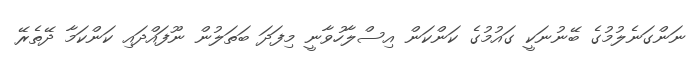
ނަންގަނެލުމުގެ ބޭނުނަކީ ގައުމުގެ ކަންކަން އިސްލާހުވާނީ މިފަދަ ބަތަލުން ނޫފައްދައި ކަންކަމާ ދޭތެރޭ